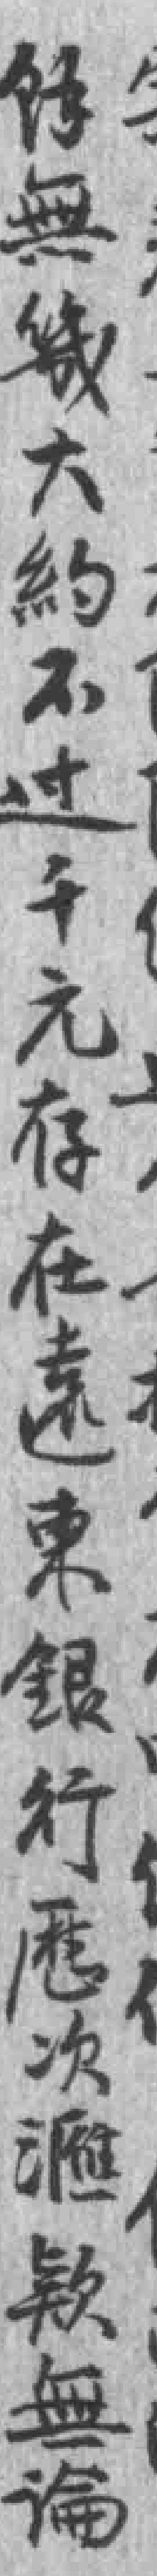
馀無幾大約不过千元存在遠東银行厯次滙欵無論